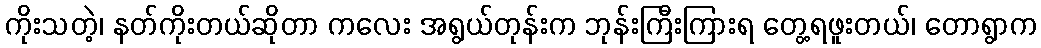
ကိုးသတဲ့၊ နတ်ကိုးတယ်ဆိုတာ ကလေး အရွယ်တုန်းက ဘုန်းကြီးကြားရ တွေ့ရဖူးတယ်၊ တောရွာက